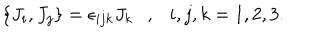
LaTeX: \left\{ J _ { i } , J _ { j } \right\} = \epsilon _ { i j k } J _ { k } , i , j , k = 1 , 2 , 3 .